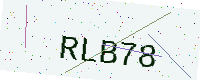
Text: RLB78